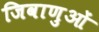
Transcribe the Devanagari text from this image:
जिवाणुओं